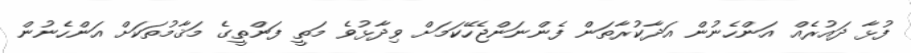
ފުޅާ ދައުރެއް އަންހެނުން އަދާކުރާތަން ފެންނަންޖެހޭކަމަށް ވިދާޅުވެ މަތީ ފަންތީގެ މަޤާމުތަކަށް އަންހެނުން